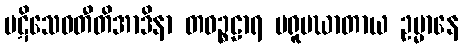
ပဋိသေဝတီတိအာဒိနာ တဝဉ္စဠာရ ပရူပဃာတာယ ဥမ္မာနေ